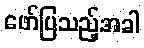
ဖော်ပြသည့်အခါ